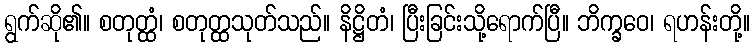
ရွက်ဆို၏။ စတုတ္ထံ၊ စတုတ္ထသုတ်သည်။ နိဋ္ဌိတံ၊ ပြီးခြင်းသို့ရောက်ပြီ။ ဘိက္ခဝေ၊ ရဟန်းတို့။